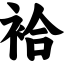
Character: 袷